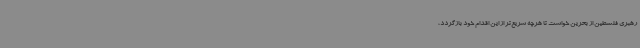
رهبری فلسطین از بحرین خواست تا هرچه سریع‌تر از این اقدام خود بازگردد،